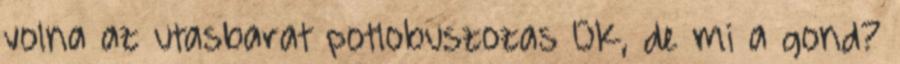
volna az utasbarat potlobuszozas OK, de mi a gond?